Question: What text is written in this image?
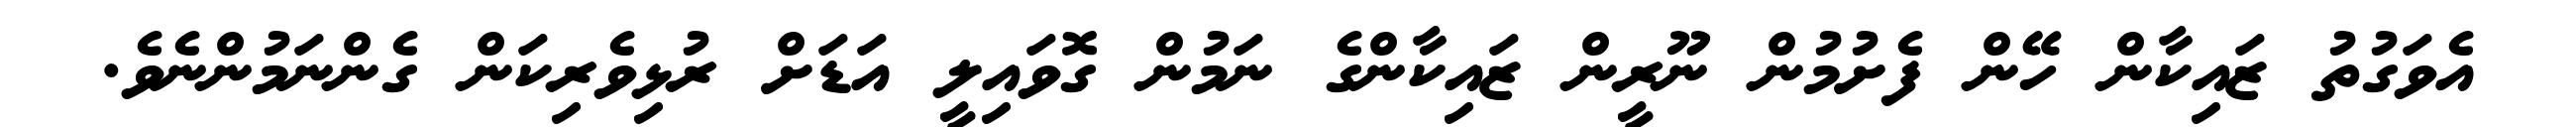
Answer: އެވަގުތު ޒައިކާން ހޭން ފެށުމުން ނޫރީން ޒައިކާންގެ ނަމުން ގޮވައިލީ އަޑަށް ރުޅިވެރިކަން ގެންނަމުންނެވެ.